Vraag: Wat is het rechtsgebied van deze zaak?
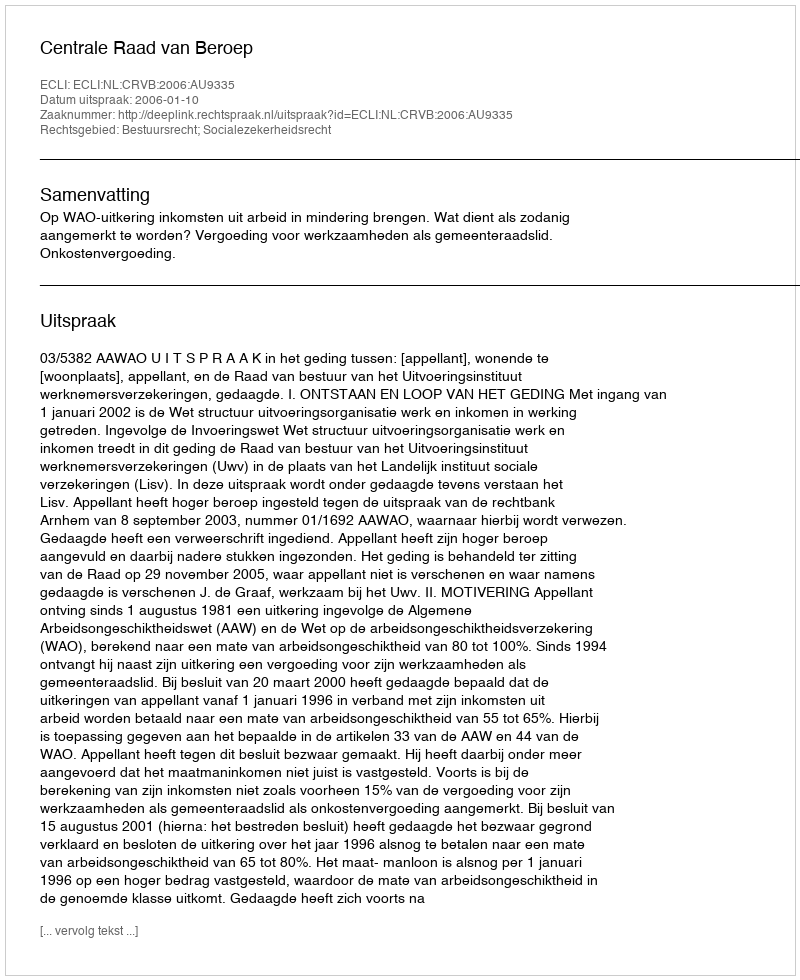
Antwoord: Bestuursrecht; Socialezekerheidsrecht